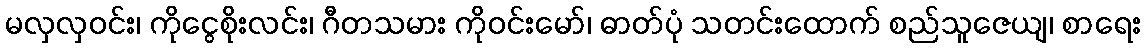
မလှလှဝင်း၊ ကိုငွေစိုးလင်း၊ ဂီတသမား ကိုဝင်းမော်၊ ဓာတ်ပုံ သတင်းထောက် စည်သူဇေယျ၊ စာရေး